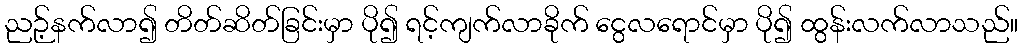
ညဉ့်နက်လာ၍ တိတ်ဆိတ်ခြင်းမှာ ပို၍ ရင့်ကျက်လာခိုက် ငွေလရောင်မှာ ပို၍ ထွန်းလက်လာသည်။